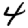
Digit: 4